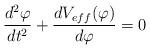
LaTeX: \begin{align*}\frac{d^2 \varphi}{dt^2} +\frac{dV_{eff}(\varphi)}{d\varphi} =0\end{align*}